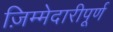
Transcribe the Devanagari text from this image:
ज़िम्मेदारीपूर्ण